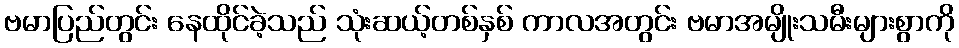
ဗမာပြည်တွင်း နေထိုင်ခဲ့သည် သုံးဆယ့်တစ်နှစ် ကာလအတွင်း ဗမာအမျိုးသမီးများစွာကို